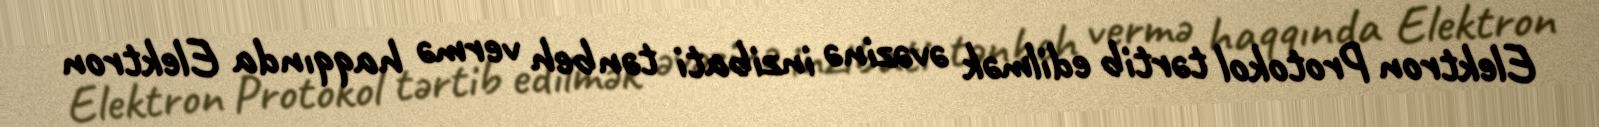
Elektron Protokol tərtib edilmək əvəzinə inzibati tənbeh vermə haqqında Elektron